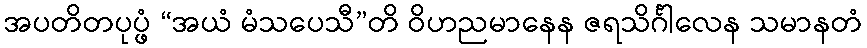
အပတိတပုပ္ဖံ “အယံ မံသပေသီ”တိ ဝိဟညမာနေန ဇရသိင်္ဂါလေန သမာနတံ